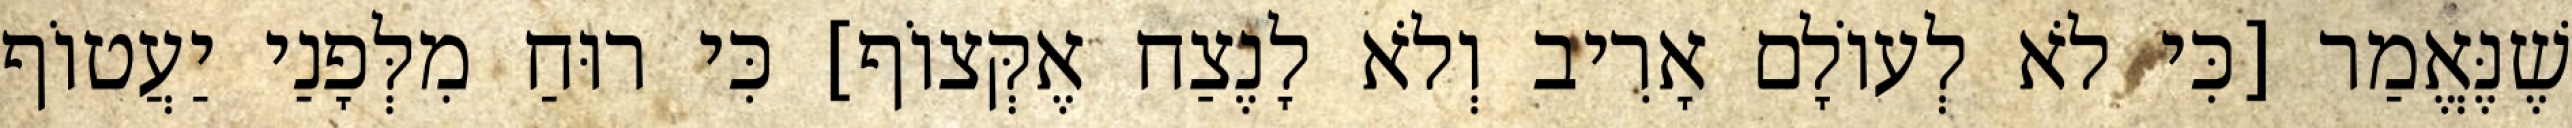
שֶׁנֶּאֱמַר [כִּי לֹא לְעוֹלָם אָרִיב וְלֹא לָנֶצַח אֶקְּצוֹף] כִּי רוּחַ מִלְּפָנַי יַעֲטוֹף